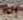
إنه